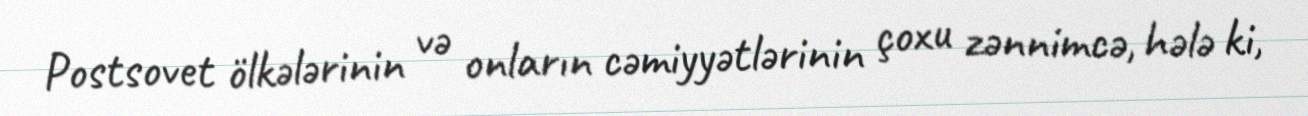
Postsovet ölkələrinin və onların cəmiyyətlərinin çoxu zənnimcə, hələ ki,